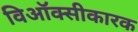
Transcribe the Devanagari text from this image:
विऑक्सीकारक